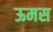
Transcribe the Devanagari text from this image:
ऊमस